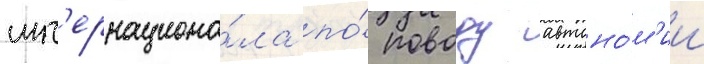
инт'ернациона́ла по́ поводу автоно́м'ии